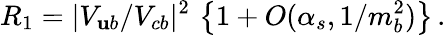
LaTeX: R_{1}=|V_{\mathbf{u}b}/V_{cb}|^{2}\, \left\{ 1+O(\alpha_{s},1/m_{b}^{2})\right\} \, .